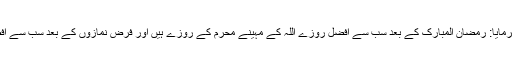
سیدنا ابوہریرہؓ سے روایت ہے کہ رسول اللہؐ نے فرمایا: رمضان المبارک کے بعد سب سے افضل روزے اللہ کے مہینے محرم کے روزے ہیں اور فرض نمازوں کے بعد سب سے افضل نماز رات کی نماز (یعنی تہجد کی نماز) ہے۔